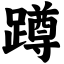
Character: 蹲